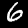
Digit: 6